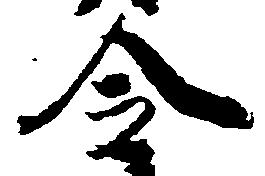
令